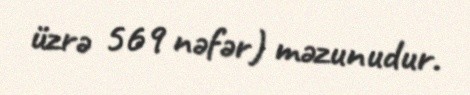
üzrə 569 nəfər) məzunudur.